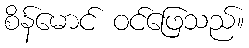
စိန်မောင် ဝင်ဖြေသည်။